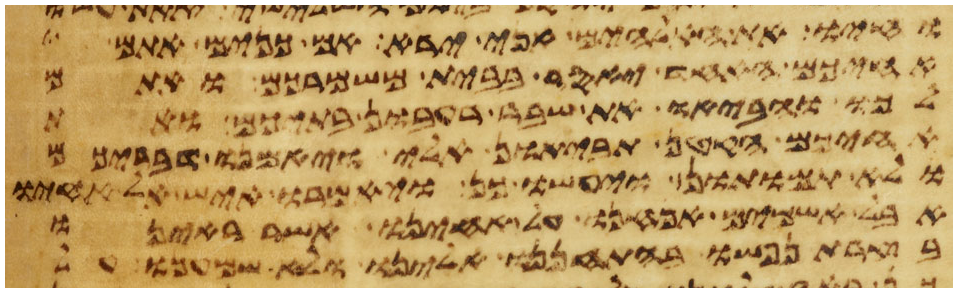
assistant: וחיו את האלהים אני ירא אם כנים אתם
אחיכם האחד יאסר בבית משמרכם ואתם
לכו והביאו את שבר רעבון בתיכם ואת
אחיכם הקטן תביאון אלי ויאמנו דבריכם
ולא תמותון ויעשו כן ויאמרו איש אל אחיו
אבל אשמים אנחנו על אחינו אשר ראינו
בצרת נפשו בהתחננו אלינו ולא שמענו על